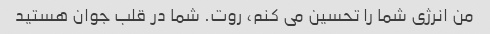
من انرژی شما را تحسین می کنم، روت. شما در قلب جوان هستید